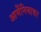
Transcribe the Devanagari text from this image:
आर्मेनियावर